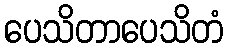
ပေသိတာပေသိတံ